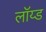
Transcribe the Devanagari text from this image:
लॉय्ड